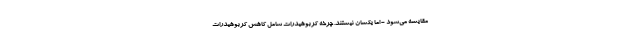
مقایسه می‌شود - اما یکسان نیستند. چرخه کربوهیدرات شامل کاهش کربوهیدرات